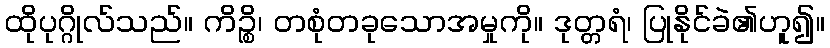
ထိုပုဂ္ဂိုလ်သည်။ ကိဉ္စိ၊ တစုံတခုသောအမှုကို။ ဒုတ္တရံ၊ ပြုနိုင်ခဲ၏ဟူ၍။